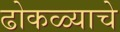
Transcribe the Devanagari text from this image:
ढोकळ्याचे